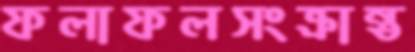
ফলাফলসংক্রান্ত